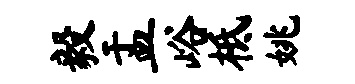
毅盂峪柢姚